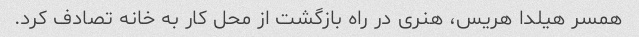
همسر هیلدا هریس، هنری در راه بازگشت از محل کار به خانه تصادف کرد.